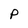
Character: P